Source: Handwritten
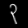
Digit: ၃ (3)